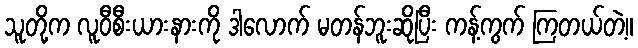
သူတို့က လူဝီစီးယားနားကို ဒါလောက် မတန်ဘူးဆိုပြီး ကန့်ကွက် ကြတယ်တဲ့။